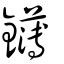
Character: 鑮